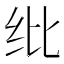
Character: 纰